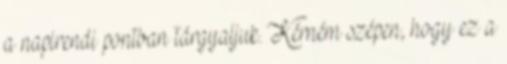
a napirendi pontban tárgyaljuk. Kérném szépen, hogy ez a